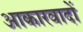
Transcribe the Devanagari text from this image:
आकारवादों